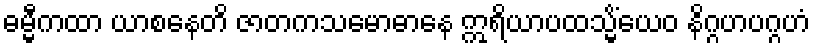
ဓမ္မီကထာ ယာစနေတိ ဇာတကသမောဓာနေ ဣရိယာပထသ္မိံယေဝ နိဂ္ဂဟပဂ္ဂဟံ